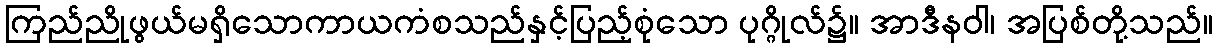
ကြည်ညိုဖွယ်မရှိသောကာယကံစသည်နှင့်ပြည့်စုံသော ပုဂ္ဂိုလ်၌။ အာဒီနဝါ၊ အပြစ်တို့သည်။